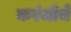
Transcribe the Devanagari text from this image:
करंजीचे